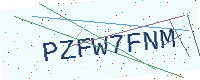
Text: PZFW7FNM